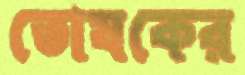
তোষকের